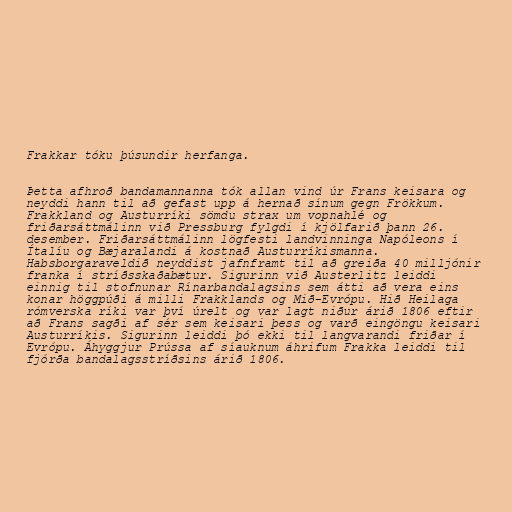
Frakkar tóku þúsundir herfanga.

Þetta afhroð bandamannanna tók allan vind úr Frans keisara og
neyddi hann til að gefast upp á hernað sínum gegn Frökkum.
Frakkland og Austurríki sömdu strax um vopnahlé og
friðarsáttmálinn við Pressburg fylgdi í kjölfarið þann 26.
desember. Friðarsáttmálinn lögfesti landvinninga Napóleons í
Ítalíu og Bæjaralandi á kostnað Austurríkismanna.
Habsborgaraveldið neyddist jafnframt til að greiða 40 milljónir
franka í stríðsskaðabætur. Sigurinn við Austerlitz leiddi
einnig til stofnunar Rínarbandalagsins sem átti að vera eins
konar höggpúði á milli Frakklands og Mið-Evrópu. Hið Heilaga
rómverska ríki var því úrelt og var lagt niður árið 1806 eftir
að Frans sagði af sér sem keisari þess og varð eingöngu keisari
Austurríkis. Sigurinn leiddi þó ekki til langvarandi friðar í
Evrópu. Áhyggjur Prússa af síauknum áhrifum Frakka leiddi til
fjórða bandalagsstríðsins árið 1806.